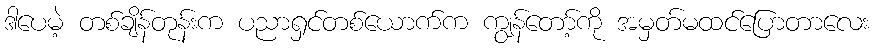
ဒါပေမဲ့ တစ်ချိန်တုန်းက ပညာရှင်တစ်ယောက်က ကျွန်တော့်ကို အမှတ်မထင်ပြောတာလေး